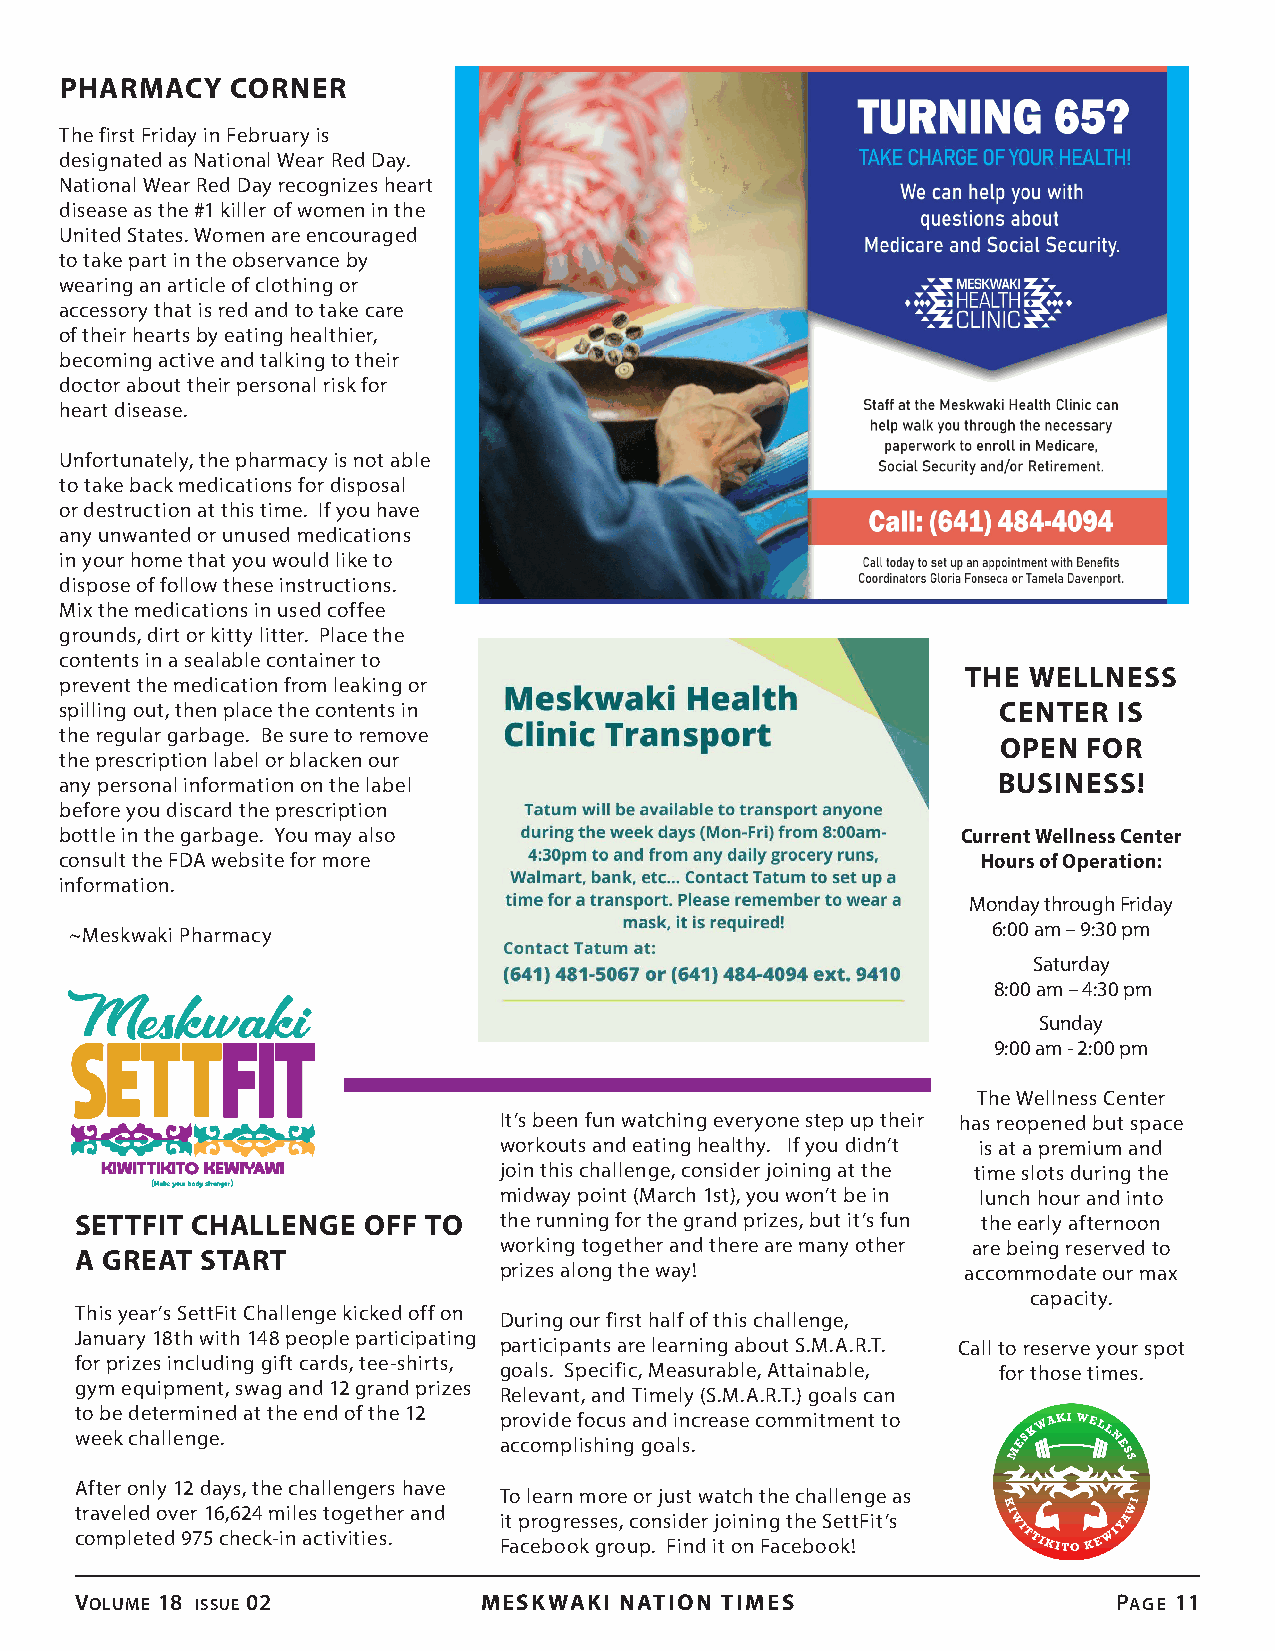
PHARMACY   CORNER
 The first Friday in February is
 designated as National Wear Red Day.
 National Wear Red Day recognizes heart
 disease as the #1 killer of women in the
 United States. Women are encouraged
 to take part in the observance by
 wearing an article of clothing or
 accessory that is red and to take care
 of their hearts by eating healthier,
 becoming active and talking to their
 doctor about their personal risk for
 heart disease.
 Unfortunately, the pharmacy is not able
 to take back medications for disposal
 or destruction at this time. If you have
 any unwanted or unused medications
 in your home that you would like to
 dispose of follow these instructions.
 Mix the medications in used coffee
 grounds, dirt or kitty litter. Place the
 contents in a sealable container to
 THE WELLNESS
 prevent the medication from leaking or
 spilling out, then place the contents in                      CENTER  IS
 the regular garbage. Be sure to remove
 OPEN  FOR
 the prescription label or blacken our
 any personal information on the label                         BUSINESS!
 before you discard the prescription
 bottle in the garbage. You may also                         Current Wellness Center
 consult the FDA website for more                             Hours of Operation:
 information.
 Monday through Friday
 ~Meskwaki Pharmacy                                           6:00 am – 9:30 pm
 Saturday
 8:00 am – 4:30 pm
 Sunday
 9:00 am - 2:00 pm
 The Wellness Center
 It’s been fun watching everyone step up their has reopened but space
 workouts and eating healthy. If you didn’t is at a premium and
 join this challenge, consider joining at the time slots during the
 midway point (March 1st), you won’t be in lunch hour and into
 SETTFIT CHALLENGE  OFF TO   the running for the grand prizes, but it’s fun the early afternoon
 working together and there are many other are being reserved to
 A GREAT START
 prizes along the way!          accommodate our max
 capacity.
 This year’s SettFit Challenge kicked off on
 During our first half of this challenge,
 January 18th with 148 people participating
 participants are learning about S.M.A.R.T. Call to reserve your spot
 for prizes including gift cards, tee-shirts,
 goals. Specific, Measurable, Attainable, for those times.
 gym equipment, swag and 12 grand prizes
 Relevant, and Timely (S.M.A.R.T.) goals can
 to be determined at the end of the 12
 provide focus and increase commitment to
 week challenge.
 accomplishing goals.
 After only 12 days, the challengers have
 To learn more or just watch the challenge as
 traveled over 16,624 miles together and
 it progresses, consider joining the SettFit’s
 completed 975 check-in activities.
 Facebook group. Find it on Facebook!
 Volume 18 issue 02         MESKWAKI NATION TIMES                     Page 11